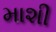
માશી